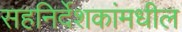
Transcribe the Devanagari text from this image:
सहनिर्देशकांमधील